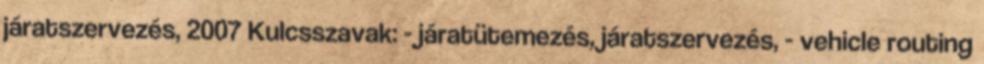
járatszervezés, 2007 Kulcsszavak: - járatütemezés, járatszervezés, - vehicle routing